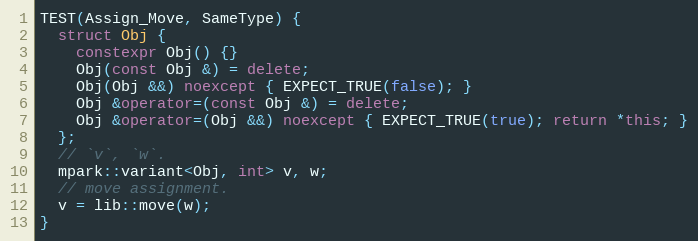
Language: C++
TEST(Assign_Move, SameType) {
  struct Obj {
    constexpr Obj() {}
    Obj(const Obj &) = delete;
    Obj(Obj &&) noexcept { EXPECT_TRUE(false); }
    Obj &operator=(const Obj &) = delete;
    Obj &operator=(Obj &&) noexcept { EXPECT_TRUE(true); return *this; }
  };
  // `v`, `w`.
  mpark::variant<Obj, int> v, w;
  // move assignment.
  v = lib::move(w);
}